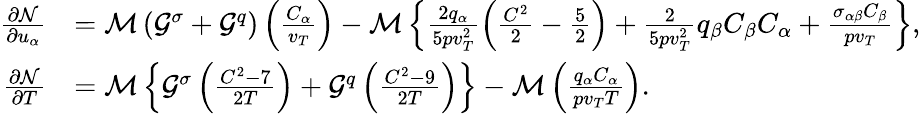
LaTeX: \begin{array}{rl}{\frac{\partial\mathcal{N}}{\partial u_{\alpha}}}&{=\mathcal{M}\left(\mathcal{G}^{\sigma}+\mathcal{G}^{q}\right)\left(\frac{C_{\alpha}}{v_{T}}\right)-\mathcal{M}\left\{ \frac{2q_{\alpha}}{5pv_{T}^{2}}\left(\frac{C^{2}}{2}-\frac{5}{2}\right)+\frac{2}{5pv_{T}^{2}}q_{\beta}C_{\beta}C_{\alpha}+\frac{\sigma_{\alpha\beta}C_{\beta}}{pv_{T}}\right\} ,}\\ {\frac{\partial\mathcal{N}}{\partial T}}&{=\mathcal{M}\left\{ \mathcal{G}^{\sigma}\left(\frac{C^{2}-7}{2T}\right)+\mathcal{G}^{q}\left(\frac{C^{2}-9}{2T}\right)\right\} -\mathcal{M}\left(\frac{q_{\alpha}C_{\alpha}}{pv_{T}T}\right).}\end{array}